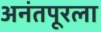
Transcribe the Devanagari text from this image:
अनंतपूरला